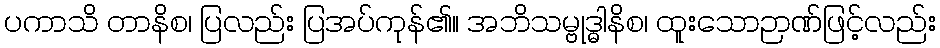
ပကာသိ တာနိစ၊ ပြလည်း ပြအပ်ကုန်၏။ အဘိသမ္ဗုဒ္ဓါနိစ၊ ထူးသောဉာဏ်ဖြင့်လည်း